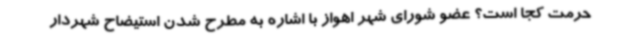
حرمت کجا است؟ عضو شورای شهر اهواز با اشاره به مطرح شدن استیضاح شهردار